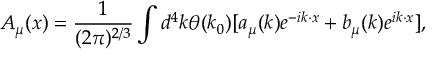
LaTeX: A _ { \mu } ( x ) = \frac { 1 } { ( 2 \pi ) ^ { 2 / 3 } } \int d ^ { 4 } k \theta ( k _ { 0 } ) { [ a _ { \mu } ( k ) e ^ { - i k \cdot x } + b _ { \mu } ( k ) e ^ { i k \cdot x } ] } ,